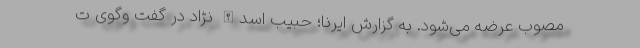
مصوب عرضه می‌شود. به گزارش ایرنا؛ حبیب اسدالله نژاد در گفت وگوی ت